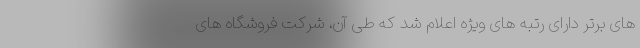
های برتر دارای رتبه های ویژه اعلام شد که طی آن، شرکت فروشگاه های